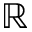
\mathbb { R }